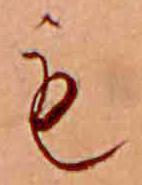
も